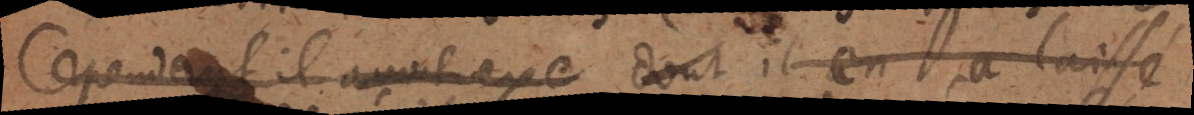
Cependant il avoit exe dont il en a laissé